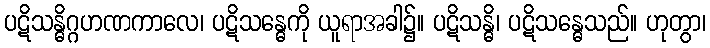
ပဋိသန္ဓိဂ္ဂဟဏကာလေ၊ ပဋိသန္ဓေကို ယူရာအခါ၌။ ပဋိသန္ဓိ၊ ပဋိသန္ဓေသည်။ ဟုတွာ၊